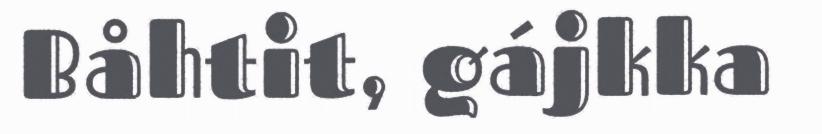
Båhtit, gájkka